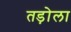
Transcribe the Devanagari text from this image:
तड़ोला